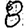
Digit: 8